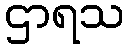
ဌာရသ